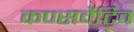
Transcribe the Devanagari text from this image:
कण्सर्वेटिव